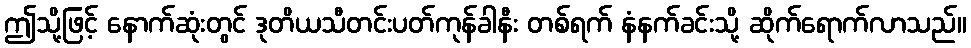
ဤသို့ဖြင့် နောက်ဆုံးတွင် ဒုတိယသီတင်းပတ်ကုန်ခါနီး တစ်ရက် နံနက်ခင်းသို့ ဆိုက်ရောက်လာသည်။